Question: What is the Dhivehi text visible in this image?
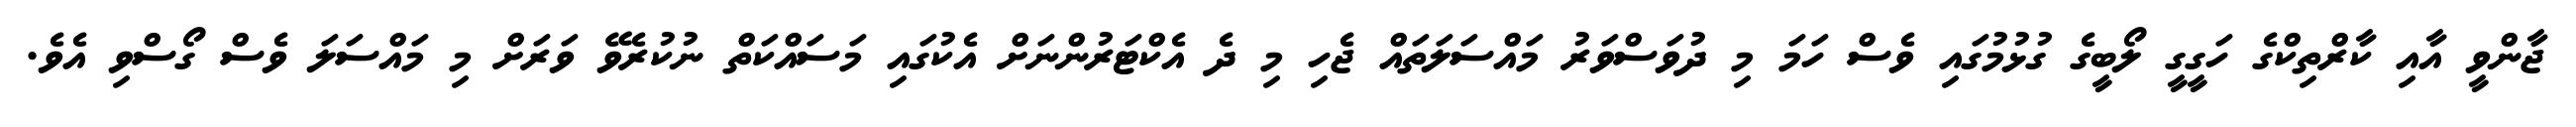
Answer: ޖާންވީ އާއި ކާރްތިކްގެ ހަގީގީ ލޯބީގެ ގުޅުމުގައި ވެސް ހަމަ މި ދުވަސްވަރު މައްސަލަތައް ޖެހި މި ދެ އެކްޓަރުންނަށް އެކުގައި މަސައްކަތް ނުކުރެވޭ ވަރަށް މި މައްސަލަ ވެސް ގޯސްވި އެވެ.